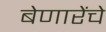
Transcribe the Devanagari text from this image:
बेणारेंचे